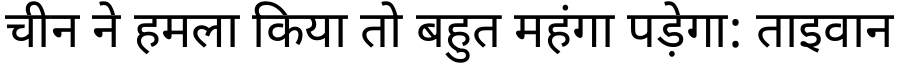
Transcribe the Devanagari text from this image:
चीन ने हमला किया तो बहुत महंगा पड़ेगा: ताइवान